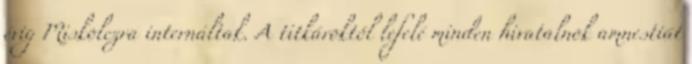
évig Miskolczra internáltak. A titkároktól lefelé minden hivatalnok amnestiát